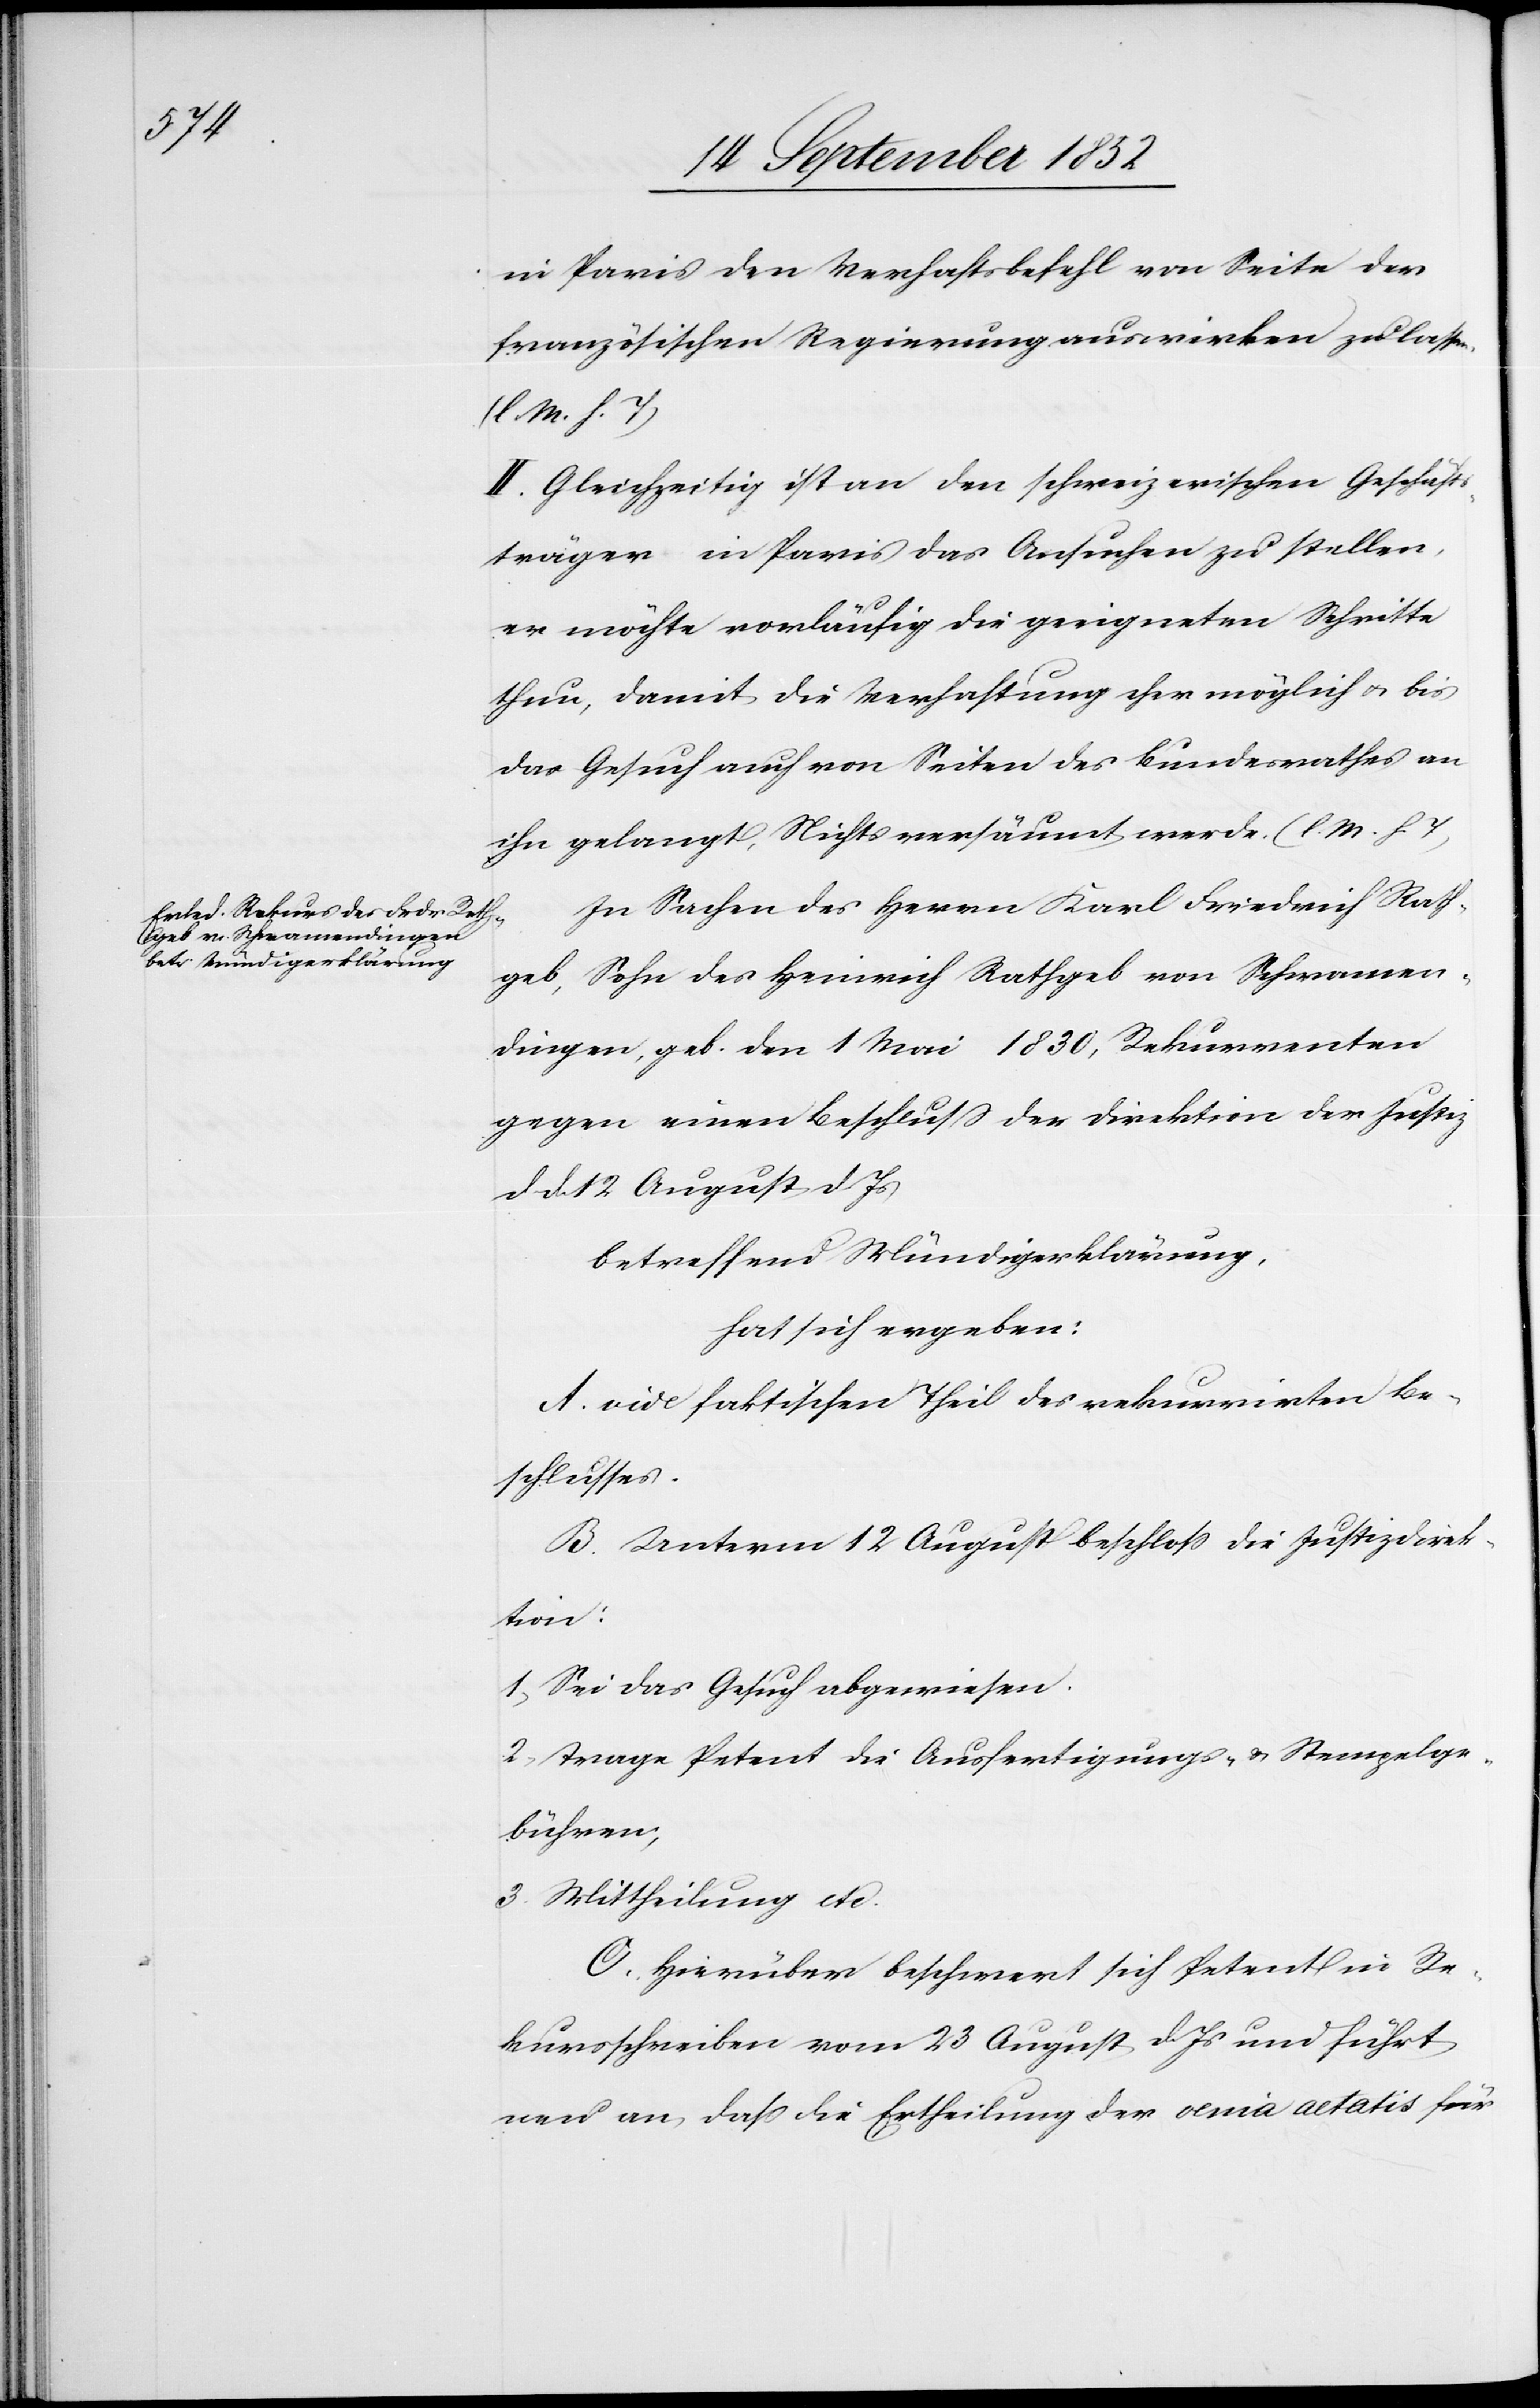
in Paris den Verhaftsbefehl von Seite der
französischen Regierung auswirken zu lassen.
(l. M. h. T)
II. Gleichzeitig ist an den schweizerischen Geschäfts¬
träger in Paris das Ansuchen zu stellen,
er möchte vorläufig die geeigneten Schritte
thun, damit die Verhaftung eher möglich & bis
das Gesuch auch von Seiten des Bundesrathes an
ihn gelangt, Nichts versäumt werde. (l. M. h. T)
In Sachen des Herrn Karl Friedrich Rath¬
geb, Sohn des Heinrich Rathgeb von Schwamen¬
dingen, geb. den 1 Mai 1830, Rekurrenten
gegen einen Beschluss der Direktion der Justiz
d d. 12 August d. Js
betreffend Mündigerklärung,
hat sich ergeben:
A. vide faktischen Theil des rekurrirten Be¬
schlusses.
B. Unterm 12 August beschloss die Justizdirek¬
tion:
1, Sei das Gesuch abgewiesen.
2, Trage Petent die Ausfertigungs- & Stempelge¬
bühren;
3. Mittheilung etc.
C. Hierüber beschwert sich Petent in Re¬
kursschreiben vom 23 August d. Js und führt
neu an, dass die Ertheilung der venia aetatis für